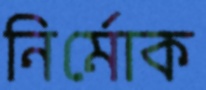
নির্মোক